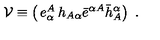
{ \cal V } \equiv \left( \begin{matrix} { e _ { \alpha } ^ { A } } & { h _ { A \alpha } } \\ { \bar { e } ^ { \alpha A } } & { \bar { h } _ { A } ^ { \alpha } } \\ \end{matrix} \right) \ .